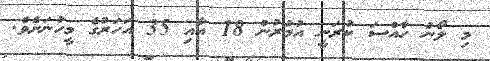
މި ލޯނު ހާއްސަ ކުރަނީ އުމުރުން 18 އާއި 35 އަހަރުގެ މީހުނަށެވެ.